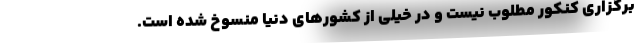
برگزاری کنکور مطلوب نیست و در خیلی از کشورهای دنیا منسوخ شده است.